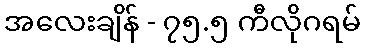
အလေးချိန် - ၇၅.၅ ကီလိုဂရမ်